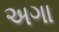
અગા